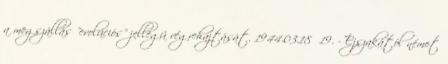
a megszállás "evolúciós" jellegû végrehajtását. 1944.03.18 19. - Éjszakától német